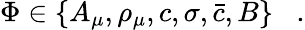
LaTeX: \Phi\in\{ A_{\mu},\rho_{\mu},c,\sigma,\bar{c},B\} \; \; \; .